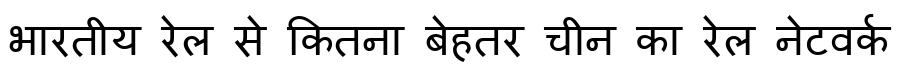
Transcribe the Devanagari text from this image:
भारतीय रेल से कितना बेहतर चीन का रेल नेटवर्क